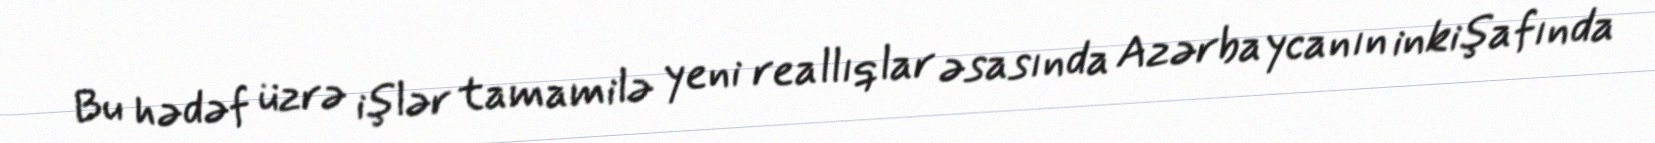
Bu hədəf üzrə işlər tamamilə yeni reallıqlar əsasında Azərbaycanın inkişafında